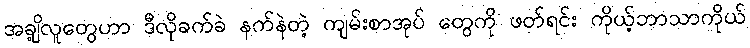
အချို့လူတွေဟာ ဒီလိုခက်ခဲ နက်နဲတဲ့ ကျမ်းစာအုပ် တွေကို ဖတ်ရင်း ကိုယ့်ဘာသာကိုယ်